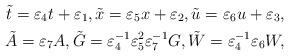
LaTeX: \begin{align*}\tilde t=\varepsilon_4t+\varepsilon_1 ,\tilde x=\varepsilon_5x+\varepsilon_2 ,\tilde u=\varepsilon_6u+\varepsilon_3 ,\\\tilde A=\varepsilon_7 A ,\tilde G=\varepsilon_4^{-1}\varepsilon_5^2\varepsilon_7^{-1}G ,\tilde W=\varepsilon_4^{-1}\varepsilon_6W , \end{align*}